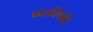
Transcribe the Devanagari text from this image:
व्यक्तींपकी